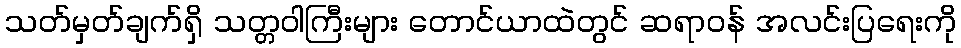
သတ်မှတ်ချက်ရှိ သတ္တဝါကြီးများ တောင်ယာထဲတွင် ဆရာဝန် အလင်းပြရေးကို